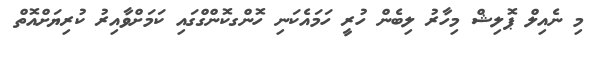
މި ނެއިލް ޕޮލިޝް މިހާރު ލިބެން ހުރީ ހަމައެކަނި ހޮންގކޮންގްގައި ކަމަށްވާއިރު ކުރިޔަށްއޮތް